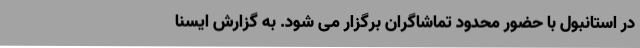
در استانبول با حضور محدود تماشاگران برگزار می شود. به گزارش ایسنا